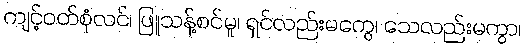
ကျင့်ဝတ်စုံလင်၊ ဖြူသန့်စင်မူ၊ ရှင်လည်းမကွေ၊ သေလည်းမကွာ၊